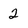
Character: 2